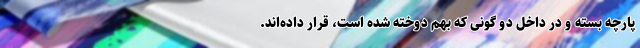
پارچه بسته و در داخل دو گونی که بهم دوخته شده است، قرار داده‌اند.